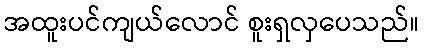
အထူးပင်ကျယ်လောင် စူးရှလှပေသည်။